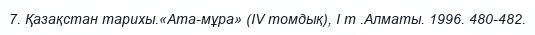
7. Қазақстан тарихы.«Ата-мұра» (IV томдық), I т .Алматы. 1996. 480-482.